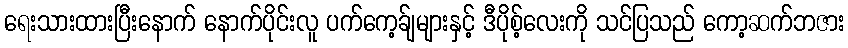
ရေးသားထားပြီးနောက် နောက်ပိုင်းလူ ပက်ကေ့ခ်ျများနှင့် ဒီပိုစ့်လေးကို သင်ပြသည် ကော့ဆက်ဘဇား